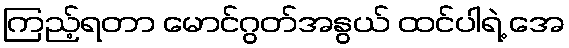
ကြည့်ရတာ မောင်ဂွတ်အနွယ် ထင်ပါရဲ့ အေ